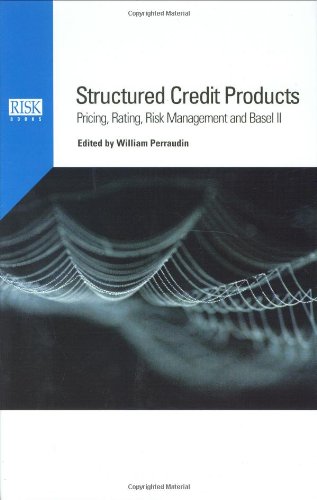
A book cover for Structured Credit Products: Pricing, Rating, Risk Management and Basel II; Business & Money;